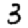
Digit: 3